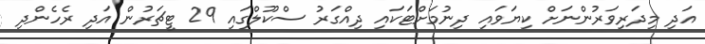
އަދި މިދަރިވަރުންނަށް ކިޔަވައި ދިނުމަށްޓަކައި ދިއްގަރު ސްކޫލްގައި 29 ޓީޗަރުން އަދި ރެހެންދި